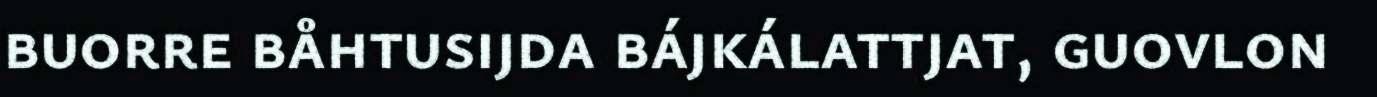
buorre båhtusijda bájkálattjat, guovlon